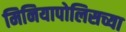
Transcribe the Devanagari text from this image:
मिनियापोलिसच्या